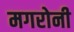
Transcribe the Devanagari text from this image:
मगरोनी